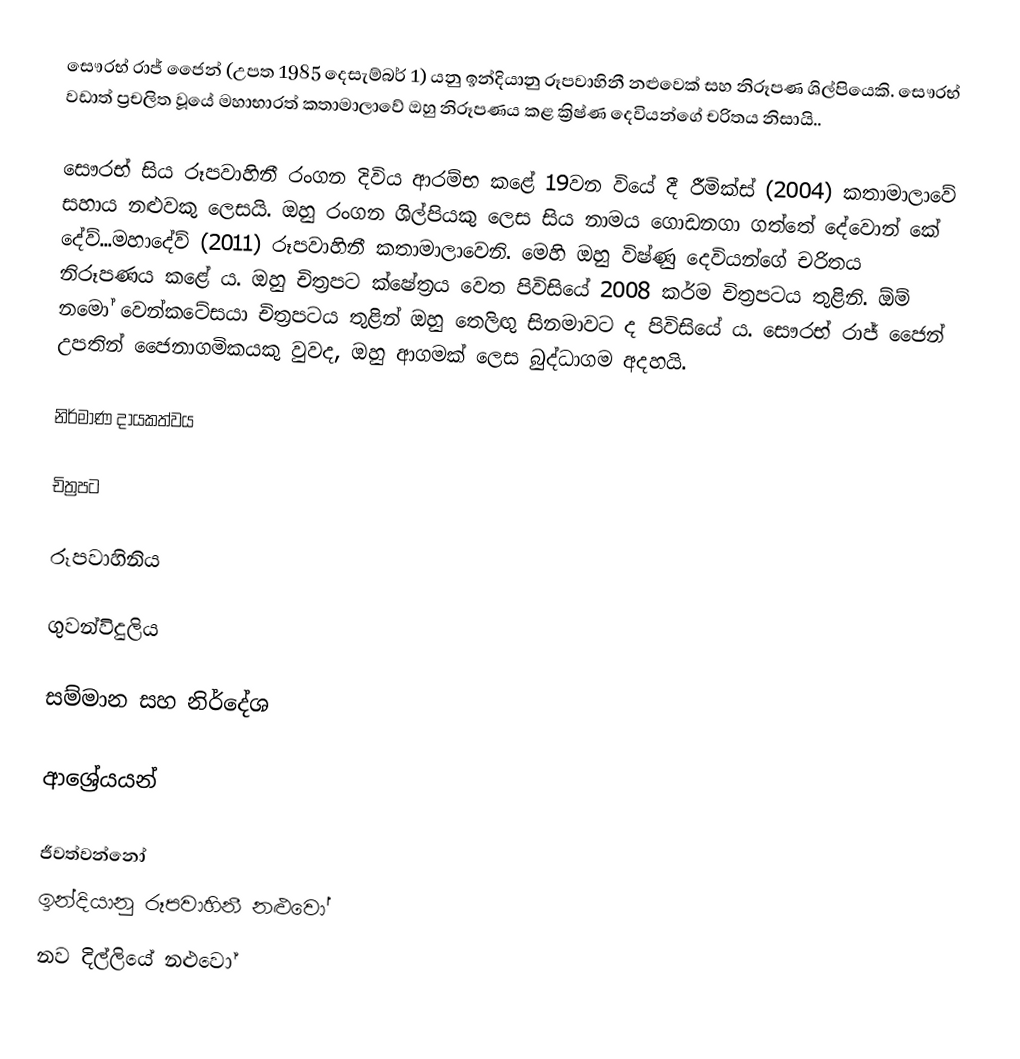
සෞරභ් රාජ් ජෛන් (උපත 1985 දෙසැම්බර් 1) යනු ඉන්දියානු රූපවාහිනී නළුවෙක් සහ නිරූපණ ශිල්පියෙකි. සෞරභ් වඩාත් ප්‍රචලිත වූයේ මහාභාරත් කතාමාලාවේ ඔහු නිරූපණය කළ ක්‍රිෂ්ණ දෙවියන්ගේ චරිතය නිසායි..

සෞරභ් සිය රූපවාහිනී රංගන දිවිය ආරම්භ කළේ 19වන වියේ දී රීමික්ස් (2004) කතාමාලාවේ සහාය නළුවකු ලෙසයි. ඔහු රංගන ශිල්පියකු ලෙස සිය නාමය ගොඩනගා ගත්තේ දේවොන් කේ දේව්...මහාදේව් (2011) රූපවාහිනී කතාමාලාවෙනි. මෙහි ඔහු විෂ්ණු දෙවියන්ගේ චරිතය නිරූපණය කළේ ය. ඔහු චිත්‍රපට ක්ෂේත්‍රය වෙත පිවිසියේ 2008 කර්ම චිත්‍රපටය තුළිනි. ඕම් නමෝ වෙන්කටේසයා චිත්‍රපටය තුළින් ඔහු තෙලිඟු සිනමාවට ද පිවිසියේ ය. සෞරභ් රාජ් ජෛන් උපතින් ජෛනාගමිකයකු වුවද, ඔහු ආගමක් ලෙස බුද්ධාගම අදහයි.

නිර්මාණ දායකත්වය

චිත්‍රපට

රූපවාහිනිය

ගුවන්විදුලිය

සම්මාන සහ නිර්දේශ

ආශ්‍රේයයන්

ජීවත්වන්නෝ
ඉන්දියානු රූපවාහිනී නළුවෝ
නව දිල්ලියේ නළුවෝ